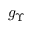
g _ { \Upsilon }